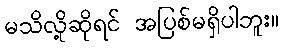
မသိလို့ဆိုရင် အပြစ်မရှိပါဘူး။